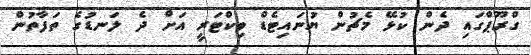
ގްރޫޕްގައި ދެން ކުޅޭ މެޗުން ޔުނައިޓެޑް ވިކްޓަރީ އަށް ދެ ލަނޑުގެ ތަފާތުން